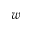
w